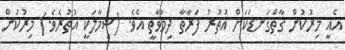
އެއީ މިރުކުން ގާތްގަނޑަކަށް އުތުރު ފަރާތާ ދިމާވާތީ އެވެ. (ޝިމާލަކީ އުތުރެވެ.) މިރުކުން